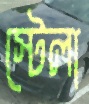
স্টেলা